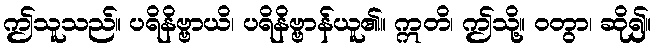
ဤသူသည်။ ပရိနိဗ္ဗာယိ၊ ပရိနိဗ္ဗာန်ယူ၏။ ဣတိ၊ ဤသို့။ ဝတွာ၊ ဆို၍။